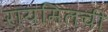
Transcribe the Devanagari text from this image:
रायमिलची